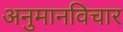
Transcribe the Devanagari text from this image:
अनुमानविचार